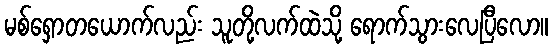
မစ်ရှောတယောက်လည်း သူတို့လက်ထဲသို့ ရောက်သွားလေပြီလော။